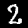
Label: 2